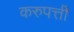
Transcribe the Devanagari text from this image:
करुपत्ती